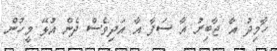
ހާމިދު އާ ޖާބިރު އާ ސަފާ އާ އަދިވެސް ދެން އުޅޭ މީހުން